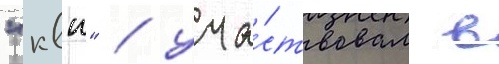
"квн" / уча́ствовал в